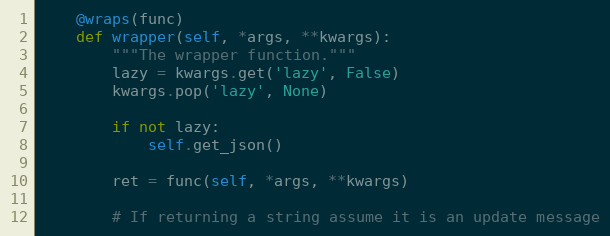
Language: Python
    @wraps(func)
    def wrapper(self, *args, **kwargs):
        """The wrapper function."""
        lazy = kwargs.get('lazy', False)
        kwargs.pop('lazy', None)

        if not lazy:
            self.get_json()

        ret = func(self, *args, **kwargs)

        # If returning a string assume it is an update message